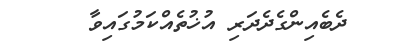
ދެބެއިންގެދެދަރި އުޚުތެއްކަމުގައިވާ